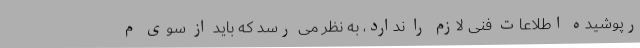
رپوشیده اطلاعات فنی لازم را ندارد، به نظر می رسد که باید از سوی م